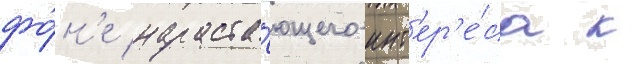
фо́н'е нараста́ющего инт'ер'е́са к